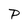
Character: P